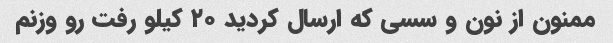
ممنون از نون و سسی که ارسال کردید ۲۰ کیلو رفت رو وزنم